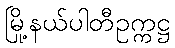
မြို့နယ်ပါတီဥက္ကဋ္ဌ